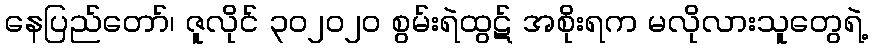
နေပြည်တော်၊ ဇူလိုင် ၃၀၂၀၂၀ စွမ်းရဲထွဋ် အစိုးရက မလိုလားသူတွေရဲ့